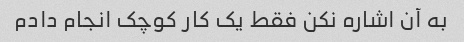
به آن اشاره نکن فقط یک کار کوچک انجام دادم